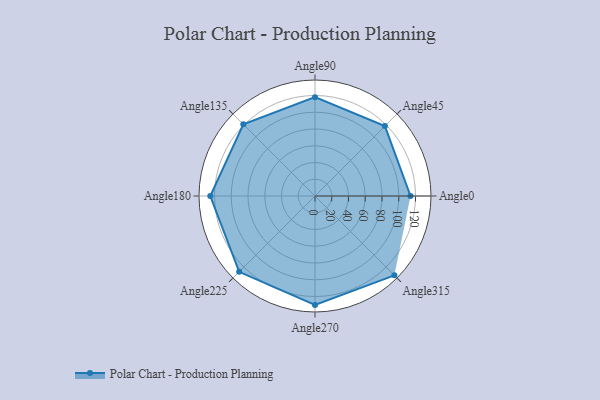
{"axis": {"x": "Angle", "y": "Radius"}, "legend": [""], "data": [{"x": "Angle0", "y": 114.0, "type": ""}, {"x": "Angle45", "y": 118.0, "type": ""}, {"x": "Angle90", "y": 118.0, "type": ""}, {"x": "Angle135", "y": 121.0, "type": ""}, {"x": "Angle180", "y": 125.0, "type": ""}, {"x": "Angle225", "y": 128.0, "type": ""}, {"x": "Angle270", "y": 130.0, "type": ""}, {"x": "Angle315", "y": 134.0, "type": ""}]}